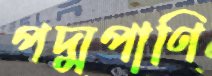
পদ্মপাণি